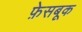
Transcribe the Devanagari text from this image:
फ़ेसबूक